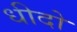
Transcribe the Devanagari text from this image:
धीदो